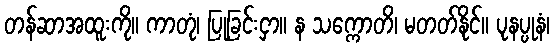
တန်ဆာအထူးကို။ ကာတုံ၊ ပြုခြင်းငှာ။ န သက္ကောတိ၊ မတတ်နိုင်။ ပုနပ္ပုနံ၊